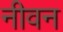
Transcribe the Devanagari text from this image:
नीवन